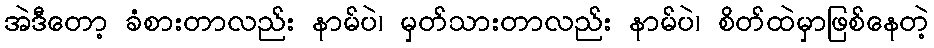
အဲဒီတော့ ခံစားတာလည်း နာမ်ပဲ၊ မှတ်သားတာလည်း နာမ်ပဲ၊ စိတ်ထဲမှာဖြစ်နေတဲ့